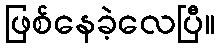
ဖြစ်နေခဲ့လေပြီ။